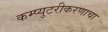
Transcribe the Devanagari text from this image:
कम्प्युटरीकरणाचा